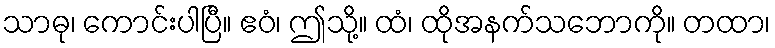
သာဓု၊ ကောင်းပါပြီ။ ဧဝံ၊ ဤသို့။ ထံ၊ ထိုအနက်သဘောကို။ တထာ၊